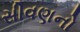
સીવણનો